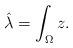
LaTeX: \begin{align*} \hat\lambda=\int_\Omega z. \end{align*}